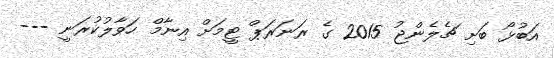
އަބުޅޯ ބަށި ޗެލެންޖު 2015 ގެ ރަނަރަޕް ޓީމަށް އިނާމް ހަވާލުކުރަނީ ---